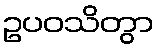
ဥပဝသိတွာ